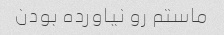
ماستم رو نیاورده بودن